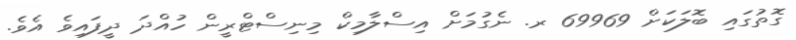
ގޮތުގައި ބޮލަކަށް 69969 ރ. ނެގުމަށް އިސްލާމިކް މިނިސްޓްރީން ހުއްދަ ދީފައިވެ އެވެ.